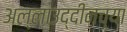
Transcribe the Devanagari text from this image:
अल्लाउद्दीनच्या